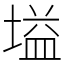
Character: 塧